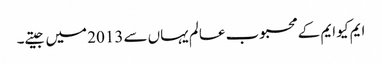
ایم کیو ایم کے محبوب عالم یہاں سے 2013 میں جیتے۔